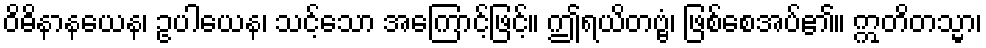
ဝိဓိနာနယေန၊ ဥပါယေန၊ သင့်သော အကြောင့်ဖြင့်။ ဤရယိတဗ္ဗံ၊ ဖြစ်စေအပ်၏။ ဣတိတသ္မာ၊